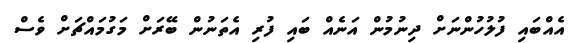
އެއްބައި ފުލުހުންނަށް ދިނުމުން އަނެއް ބައި ފުރި އެތަނުން ބޭރަށް މަގުމައްޗަށް ވެސް